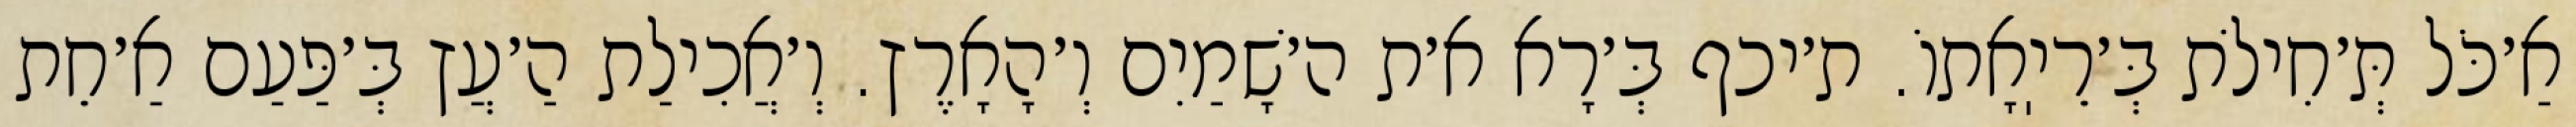
אַ׳כֹּל תְּ׳חִילֹת בְּ׳רֵיֽאָתוֹ. ת׳יכף בְּ׳רָא א׳ת ה׳שָׁמַיִם וְ׳הָאָרֶץ. וְ׳אֲכִילַת הַ׳עֲץ בְּ׳פַּעַם אַ׳חֵת